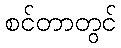
စင်တာတွင်